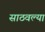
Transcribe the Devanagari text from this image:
साठवल्या